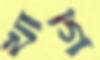
খাগি